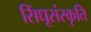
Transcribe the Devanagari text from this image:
सिंधूसंस्कृति